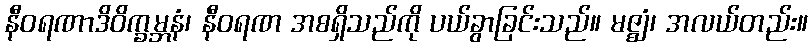
နီဝရဏာဒိဝိက္ခမ္ဘနံ၊ နီဝရဏ အစရှိသည်ကို ပယ်ခွာခြင်းသည်။ မဇ္ဈံ၊ အလယ်တည်း။